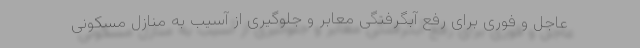
عاجل و فوری برای رفع آبگرفتگی معابر و جلوگیری از آسیب به منازل مسکونی